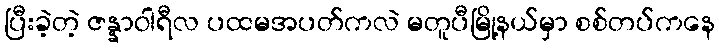
ပြီးခဲ့တဲ့ ဇန္နာဝါရီလ ပထမအပတ်ကလဲ မတူပီမြို့နယ်မှာ စစ်တပ်ကနေ